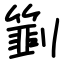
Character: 㔐